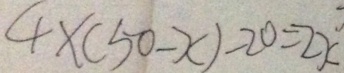
4 \times ( 5 0 - x ) - 2 0 = 2 x